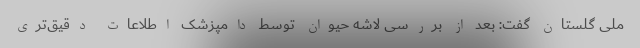
ملی گلستان گفت: بعد از بررسی لاشه حیوان توسط دامپزشک اطلاعات دقیق‌تری